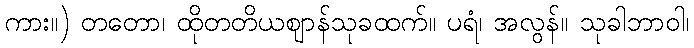
ကား။) တတော၊ ထိုတတိယဈာန်သုခထက်။ ပရံ၊ အလွန်။ သုခါဘာဝါ၊